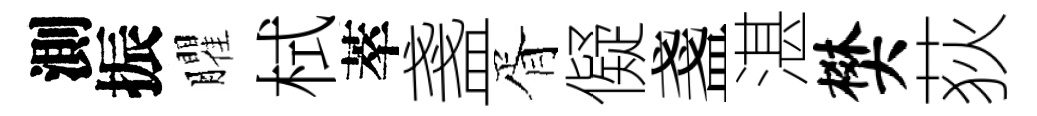
測振臞栻萃盞胥儗盞湛樊荻